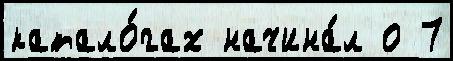
катало́гах начина́л о 7